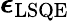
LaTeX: \boldsymbol{\epsilon}_{\mathrm{LSQE}}